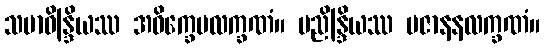
သမာဓိန္ဒြိယဿ အဝိက္ခေပလက္ခဏံ။ ပညိန္ဒြိယဿ ပဇာနနလက္ခဏံ။